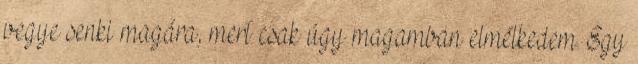
vegye senki magára, mert csak úgy magamban elmélkedem. Egy